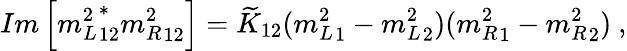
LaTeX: Im\left[{m_{L}^{2}}_{12}^{*}{m_{R}^{2}}_{12}\right]=\widetilde{K}_{12}({m_{L}^{2}}_{1}-{m_{L}^{2}}_{2})({m_{R}^{2}}_{1}-{m_{R}^{2}}_{2})\ ,